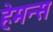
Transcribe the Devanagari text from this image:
हेमन्स